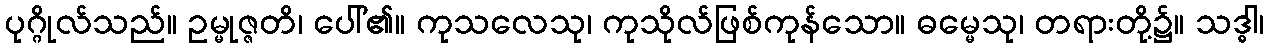
ပုဂ္ဂိုလ်သည်။ ဥမ္မုဇ္ဇတိ၊ ပေါ်၏။ ကုသလေသု၊ ကုသိုလ်ဖြစ်ကုန်သော။ ဓမ္မေသု၊ တရားတို့၌။ သဒ္ဓါ၊